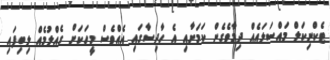
ޓެކްނިކަލް މައްސަލައެއް ދިމާވެގެން ކަމަށާއި އެ ހާދިސާގައި އެއްވެސް މީހަކަށް ގެއްލުމެއް ލިބިފައި